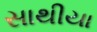
સાથીયા